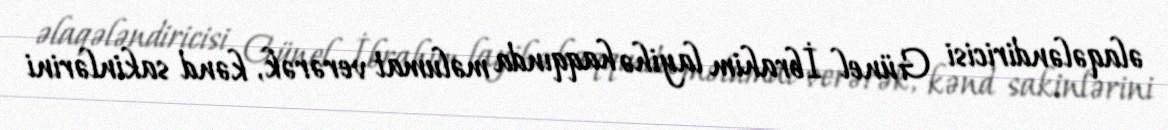
əlaqələndiricisi Günel İbrahim layihə haqqında məlumat verərək, kənd sakinlərini